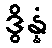
ဒွိန္နံ